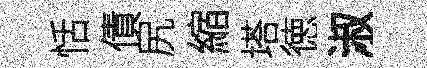
恬債尻縮塔徳淑